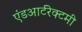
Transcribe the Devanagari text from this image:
एंडआर्टरेक्टमी